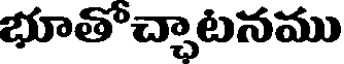
భూతొచ్చాటనము